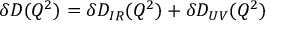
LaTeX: \delta D ( Q ^ { 2 } ) = \delta D _ { I R } ( Q ^ { 2 } ) + \delta D _ { U V } ( Q ^ { 2 } )